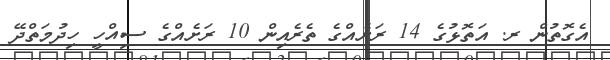
އެގޮތުން ރ. އަތޮޅުގެ 14 ރަށެއްގެ ތެރެއިން 10 ރަށެއްގެ ސިއްހީ ހިދުމަތްދޭ